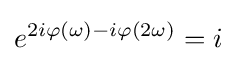
e^{2i\varphi (\omega )-i\varphi (2\omega )}=i